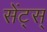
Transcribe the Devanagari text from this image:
सेंट्स्